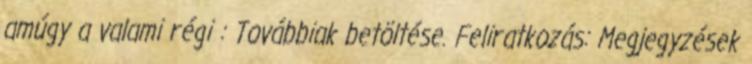
amúgy a valami régi : Továbbiak betöltése. Feliratkozás: Megjegyzések